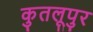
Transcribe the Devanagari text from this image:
कुतलूपुर